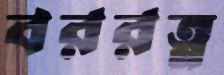
বররত্ন